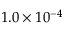
1 . 0 \times 1 0 ^ { - 4 }